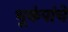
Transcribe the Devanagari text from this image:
भूकंपांचे